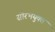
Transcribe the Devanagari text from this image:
सौरभयुक्त